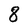
Character: 8